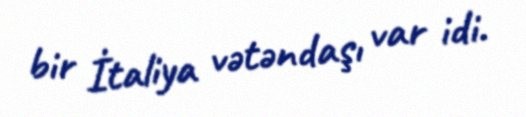
bir İtaliya vətəndaşı var idi.